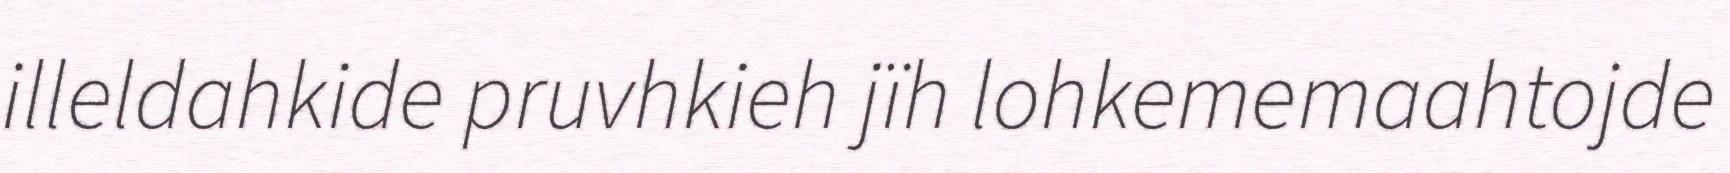
illeldahkide pruvhkieh jïh lohkememaahtojde